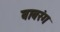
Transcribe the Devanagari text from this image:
बाबरंग